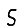
Digit: 5